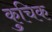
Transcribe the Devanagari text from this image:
कुचिक